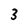
Character: 3